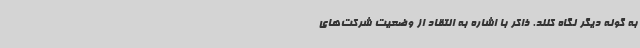
به گونه دیگر نگاه کنند. ذاکر با اشاره به انتقاد از وضعیت شرکت‌های